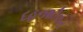
દહનશીલત